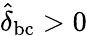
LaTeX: \hat{\delta}_{\mathrm{bc}}>0